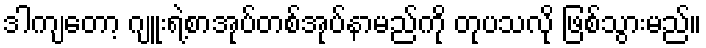
ဒါကျတော့ ဂျူးရဲ့စာအုပ်တစ်အုပ်နာမည်ကို တုပသလို ဖြစ်သွားမည်။